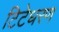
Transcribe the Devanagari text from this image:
टिटेधरण